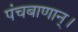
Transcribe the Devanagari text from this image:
पंचबाणान्‌।